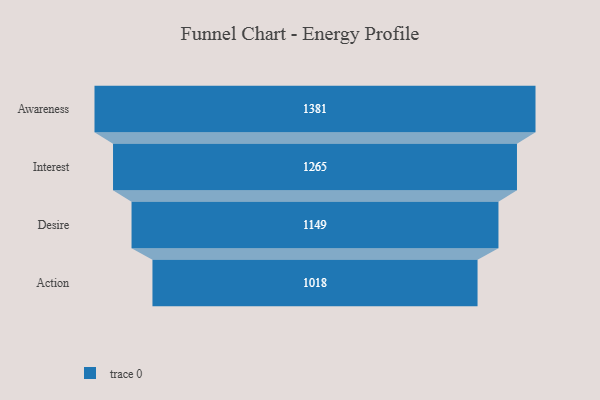
{"axis": {"x": "Stage", "y": "Value"}, "legend": [""], "data": [{"x": "Awareness", "y": 1381.0, "type": ""}, {"x": "Interest", "y": 1265.0, "type": ""}, {"x": "Desire", "y": 1149.0, "type": ""}, {"x": "Action", "y": 1018.0, "type": ""}]}